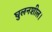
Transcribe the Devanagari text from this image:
घुलनशील।